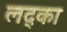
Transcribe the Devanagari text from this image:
लद्का